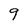
Character: 9